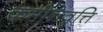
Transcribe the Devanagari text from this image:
कर्मनिवृत्ति